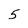
Character: 5